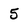
Character: 5